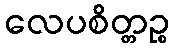
လေပစိတ္တဉ္စ